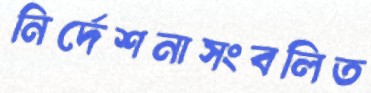
নির্দেশনাসংবলিত